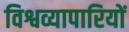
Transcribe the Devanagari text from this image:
विश्वव्यापारियों